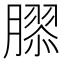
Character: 𦠧